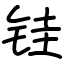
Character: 𫓯